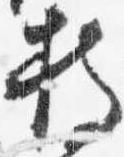
持